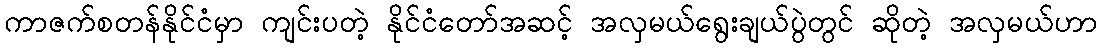
ကာဇက်စတန်နိုင်ငံမှာ ကျင်းပတဲ့ နိုင်ငံတော်အဆင့် အလှမယ်ရွေးချယ်ပွဲတွင် ဆိုတဲ့ အလှမယ်ဟာ